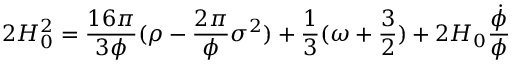
2 H _ { 0 } ^ { 2 } = \frac { 1 6 { \pi } } { 3 { \phi } } ( { \rho } - \frac { 2 { \pi } } { \phi } { \sigma } ^ { 2 } ) + \frac { 1 } { 3 } ( { \omega } + \frac { 3 } { 2 } ) + 2 H _ { 0 } \frac { \dot { \phi } } { \phi }